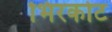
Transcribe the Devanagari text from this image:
भिरकोट